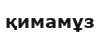
қимамұз